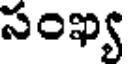
సంఖ్య